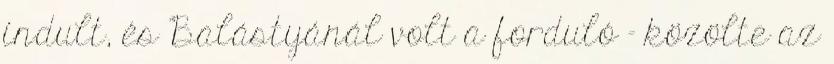
indult, és Balástyánál volt a forduló – közölte az